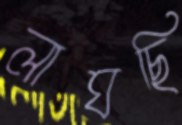
লাঘছি